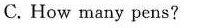
C.How many pens?